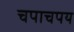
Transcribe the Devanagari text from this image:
चपाचपय